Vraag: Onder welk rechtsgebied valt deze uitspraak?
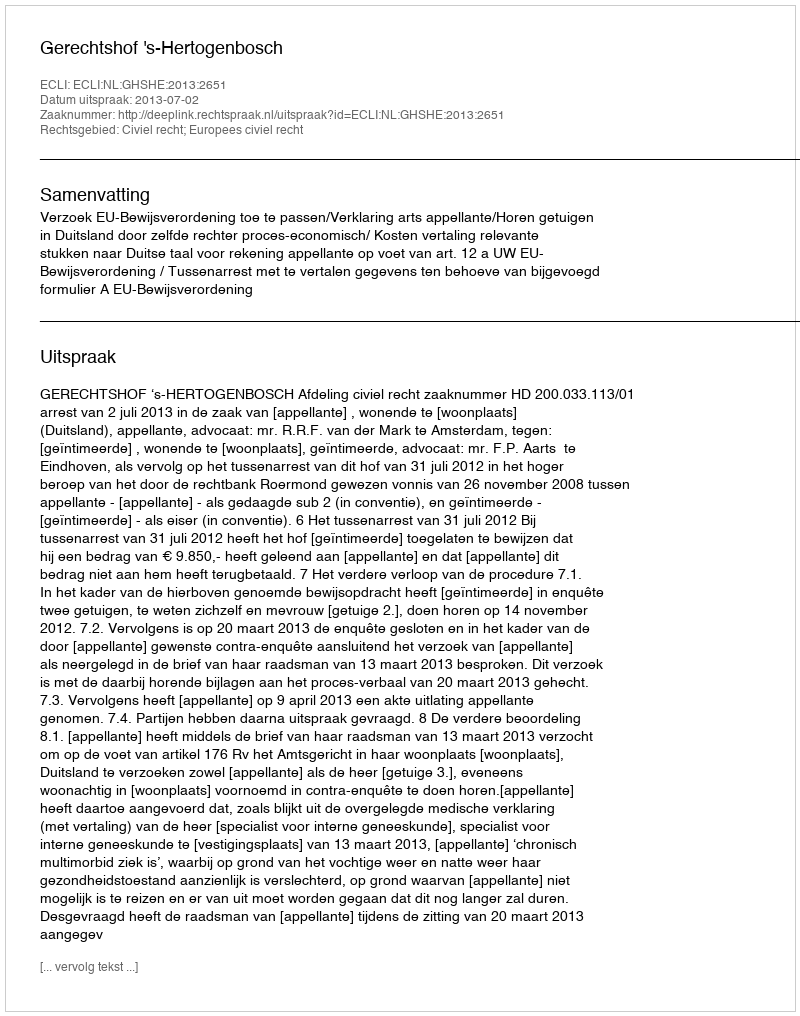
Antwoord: Civiel recht; Europees civiel recht